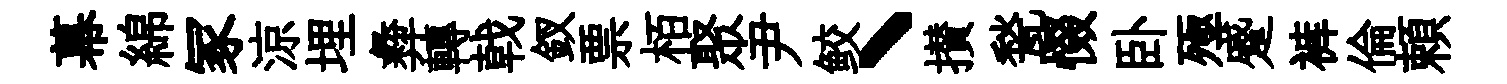
幕綿冢涼埋彜轉戟釵票栢聚尹鲛丶攅甃惙卧殛蹙裤倫頼